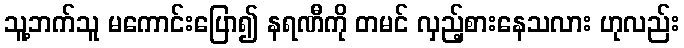
သူ့ဘက်သူ မကောင်းပြော၍ နရဏီကို တမင် လှည့်စားနေသလား ဟုလည်း